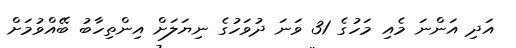
އަދި އަންނަ މެއި މަހުގެ 31 ވަނަ ދުވަހުގެ ނިޔަލަށް އިންތިހާބު ބޭއްވުމަށް